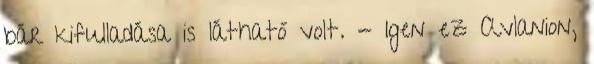
bár kifulladása is látható volt. - Igen ez Avlanion,